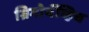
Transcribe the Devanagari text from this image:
ग्रिगोर्येव्हिच